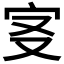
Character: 𡧕